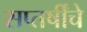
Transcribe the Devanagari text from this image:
सप्तर्षींचे